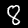
Digit: 8